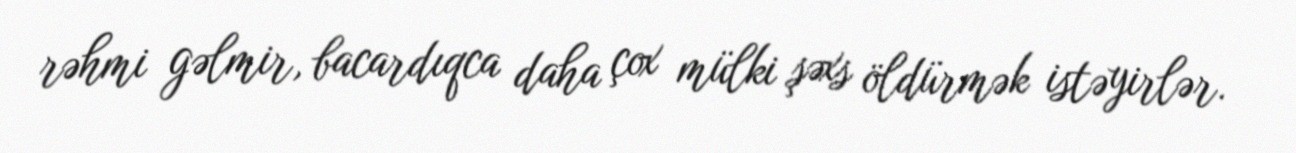
rəhmi gəlmir, bacardıqca daha çox mülki şəxs öldürmək istəyirlər.